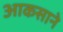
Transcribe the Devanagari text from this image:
आकसाने